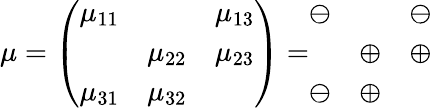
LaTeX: \mu=\left(\begin{array}{ccc}{{\mu_{11}}}&{{}}&{{\mu_{13}}}\\ {{}}&{{\mu_{22}}}&{{\mu_{23}}}\\ {{\mu_{31}}}&{{\mu_{32}}}&{{}}\end{array}\right)=\begin{array}{ccc}{{\ominus}}&{{}}&{{\ominus}}\\ {{}}&{{\oplus}}&{{\oplus}}\\ {{\ominus}}&{{\oplus}}&{{}}\end{array}